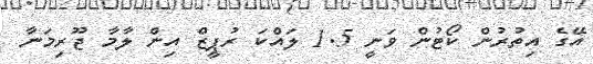
އޭގެ އިތުރުން ކޯޓުން ވަނީ 1.5 ލައްކަ ރުޕީޒް އިން ލާމާ ޖޫރިމަނާ